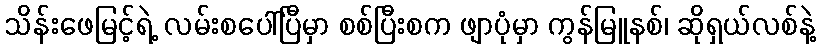
သိန်းဖေမြင့်ရဲ့ လမ်းစပေါ်ပြီမှာ စစ်ပြီးစက ဖျာပုံမှာ ကွန်မြူနစ်၊ ဆိုရှယ်လစ်နဲ့